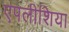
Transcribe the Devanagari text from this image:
एपलीशिया